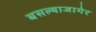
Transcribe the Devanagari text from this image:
बसल्याजागेर